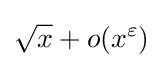
{\sqrt {x}}+o(x^{\varepsilon })